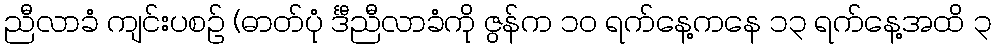
ညီလာခံ ကျင်းပစဉ် (ဓာတ်ပုံ င်္ဒီညီလာခံကို ဇွန်က ၁၀ ရက်နေ့ကနေ ၁၃ ရက်နေ့အထိ ၃